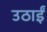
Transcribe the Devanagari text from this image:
उठाईं